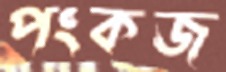
পংকজ